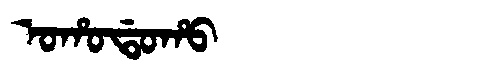
Manchu: ᠣᡥᠣᡩᠣᡥᠣ
Romanization: OHODOHO